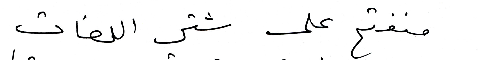
منفتح على شتى اللغات